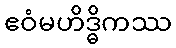
ဧဝံမဟိဒ္ဓိကဿ